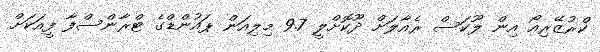
ކްރުޒޭރިއޯ އިން ލޫކަސް ރެއާލަށް ދޫކޮށްލީ 9.7 މިލިއަން ޕައުންޑްގެ ޓްރާންސްފާ ފީއަކަށް